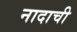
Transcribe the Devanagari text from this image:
नादाची